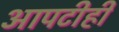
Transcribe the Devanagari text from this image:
आपटीही